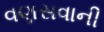
વણસવાની